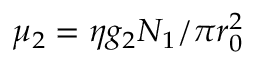
\mu _ { 2 } = \eta g _ { 2 } N _ { 1 } / \pi r _ { 0 } ^ { 2 }